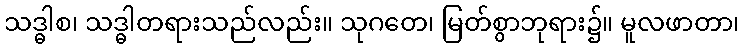
သဒ္ဓါစ၊ သဒ္ဓါတရားသည်လည်း။ သုဂတေ၊ မြတ်စွာဘုရား၌။ မူလဖာတာ၊